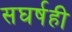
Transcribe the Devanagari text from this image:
सघर्षही